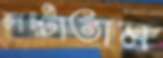
লপ্‌টাতাম